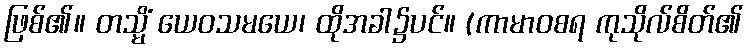
ဖြစ်၏။ တသ္မိံ ယေဝသမယေ၊ ထိုအခါ၌ပင်။ (ကာမာဝစရ ကုသိုလ်စိတ်၏